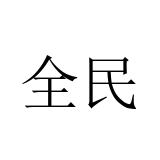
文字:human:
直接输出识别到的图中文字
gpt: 全民